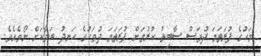
މަހުގެ ފުރަތަމަ ދުވަސް ސާބިތު ކުރުމަށް ފުރަތަމަ ދުވަހުގެ ހަނދު ބަލާކަށް ނޯވެއެވެ.